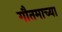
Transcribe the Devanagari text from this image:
गौतमाच्या